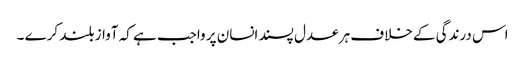
اس درندگی کے خلاف ہر عدل پسند انسان پر واجب ہے کہ آواز بلند کرے ۔